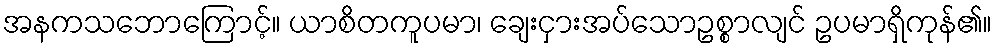
အနကသဘောကြောင့်။ ယာစိတကူပမာ၊ ချေးငှားအပ်သောဥစ္စာလျင် ဥပမာရှိကုန်၏။